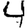
Digit: 4